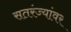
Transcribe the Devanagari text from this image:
सतरंज्यांवर